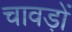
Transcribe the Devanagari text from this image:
चावड़ों